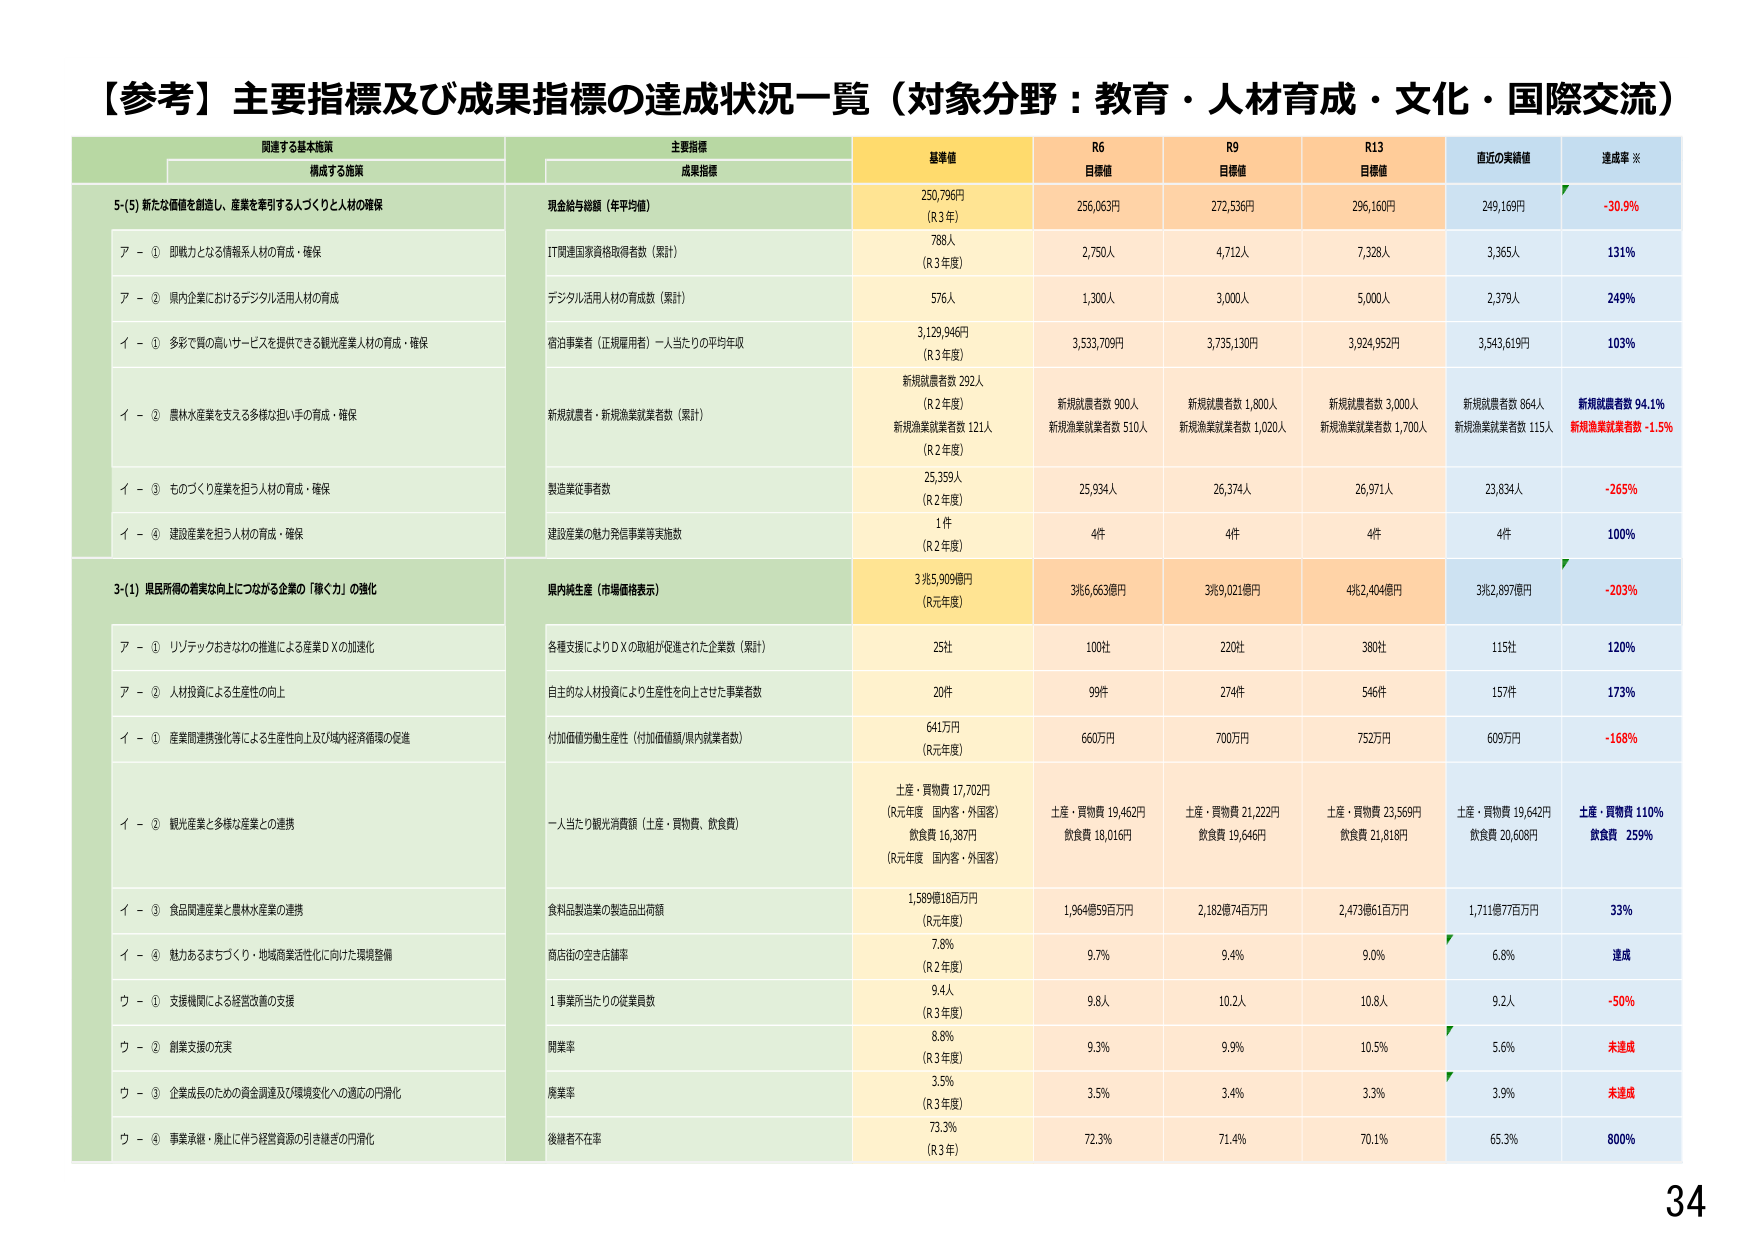
【参考】主要指標及び成果指標の達成状況一覧（対象分野：教育・人材育成・文化・国際交流）

関連する基本施策
構成する施策

主要指標
成果指標

基準値
R6
目標値
R9
目標値
R13
目標値
直近の実績値
達成率 ※

5-(5) 新たな価値を創造し、産業を牽引する人づくりと人材の確保

現金給与総額（年平均額）
250,796円
（R3年）
256,063円
272,536円
296,160円
249,169円
-30.9%

ア - ① 即戦力となる情報系人材の育成・確保
IT関連国家資格取得者数（累計）
788人
（R3年度）
2,750人
4,712人
7,328人
3,365人
131%

ア - ② 県内企業におけるデジタル活用人材の育成
デジタル活用人材の育成数（累計）
576人
1,300人
3,000人
5,000人
2,379人
249%

イ - ① 多彩で質の高いサービスを提供できる観光産業人材の育成・確保
宿泊事業者（正規雇用者）一人当たりの平均年収
3,129,946円
（R3年度）
3,533,709円
3,735,130円
3,924,952円
3,543,619円
103%

イ - ② 農林水産業を支える多様な担い手の育成・確保
新規就業者・新規漁業就業者数（累計）
新規就業者数 292人
（R2年度）
新規漁業就業者数 121人
（R2年度）
新規就業者数 900人
新規漁業就業者数 510人
新規就業者数 1,800人
新規漁業就業者数 1,020人
新規就業者数 3,000人
新規漁業就業者数 1,700人
新規就業者数 864人
新規漁業就業者数 115人
新規就業者数 94.1%
新規漁業就業者数 -1.5%

イ - ③ ものづくり産業を担う人材の育成・確保
製造業従事者数
25,359人
（R2年度）
25,934人
26,374人
26,971人
23,834人
-265%

イ - ④ 建設産業を担う人材の育成・確保
建設産業の魅力発信事業等実施数
1件
（R2年度）
4件
4件
4件
4件
100%

3-(1) 県民所得の着実な向上につながる企業の「稼ぐ力」の強化

県内純生産（市場価格表示）
3兆5,909億円
（R元年度）
3兆6,663億円
3兆9,021億円
4兆2,404億円
3兆2,897億円
-203%

ア - ① リソテックおきなわの推進による産業ＤＸの加速化
各種支援によりＤＸの取組が促進された企業数（累計）
25社
100社
220社
380社
115社
120%

ア - ② 人材投資による生産性の向上
自主的な人材投資により生産性を向上させた事業者数
20件
99件
274件
546件
157件
173%

イ - ① 産業間連携強化等による生産性向上及び域内経済循環の促進
付加価値労働生産性（付加価値額/県内就業者数）
641万円
（R元年度）
660万円
700万円
752万円
609万円
-168%

イ - ② 観光産業と多様な産業との連携
一人当たり観光消費額（土産・買物費、飲食費）
土産・買物費 17,702円
（R元年度 国内客・外国客）
飲食費 16,387円
（R元年度 国内客・外国客）
土産・買物費 19,462円
飲食費 18,016円
土産・買物費 21,222円
飲食費 19,646円
土産・買物費 23,569円
飲食費 21,818円
土産・買物費 19,642円
飲食費 20,608円
土産・買物費 110%
飲食費 259%

イ - ③ 食品関連産業と農林水産業の連携
食料品製造業の製造品出荷額
1,589億18百万円
（R元年度）
1,964億59百万円
2,182億74百万円
2,473億61百万円
1,711億77百万円
33%

イ - ④ 魅力あるまちづくり・地域商業活性化に向けた環境整備
商店街の空き店舗率
7.8%
（R2年度）
9.7%
9.4%
9.0%
6.8%
達成

ウ - ① 支援機関による経営改善の支援
1事業所当たりの従業員数
9.4人
（R3年度）
9.8人
10.2人
10.8人
9.2人
-50%

ウ - ② 創業支援の充実
開業率
8.8%
（R3年度）
9.3%
9.9%
10.5%
5.6%
未達成

ウ - ③ 企業成長のための資金調達及び環境変化への適応の円滑化
廃業率
3.5%
（R3年度）
3.5%
3.4%
3.3%
3.9%
未達成

ウ - ④ 事業承継・廃止に伴う経営資源の引き継ぎの円滑化
後継者不在率
73.3%
（R3年）
72.3%
71.4%
70.1%
65.3%
800%

34